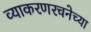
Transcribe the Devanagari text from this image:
व्याकरणरचनेच्या